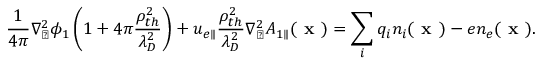
\frac { 1 } { 4 \pi } \nabla _ { \perp } ^ { 2 } \phi _ { 1 } \left( 1 + 4 \pi \frac { \rho _ { t h } ^ { 2 } } { \lambda _ { D } ^ { 2 } } \right) + u _ { e \parallel } \frac { \rho _ { t h } ^ { 2 } } { \lambda _ { D } ^ { 2 } } \nabla _ { \perp } ^ { 2 } A _ { 1 \parallel } ( \textbf { x } ) = \sum _ { i } q _ { i } n _ { i } ( \textbf { x } ) - e n _ { e } ( \textbf { x } ) .